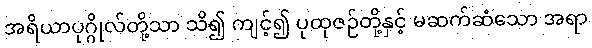
အရိယာပုဂ္ဂိုလ်တို့သာ သိ၍ ကျင့်၍ ပုထုဇဉ်တို့နှင့် မဆက်ဆံသော အရာ